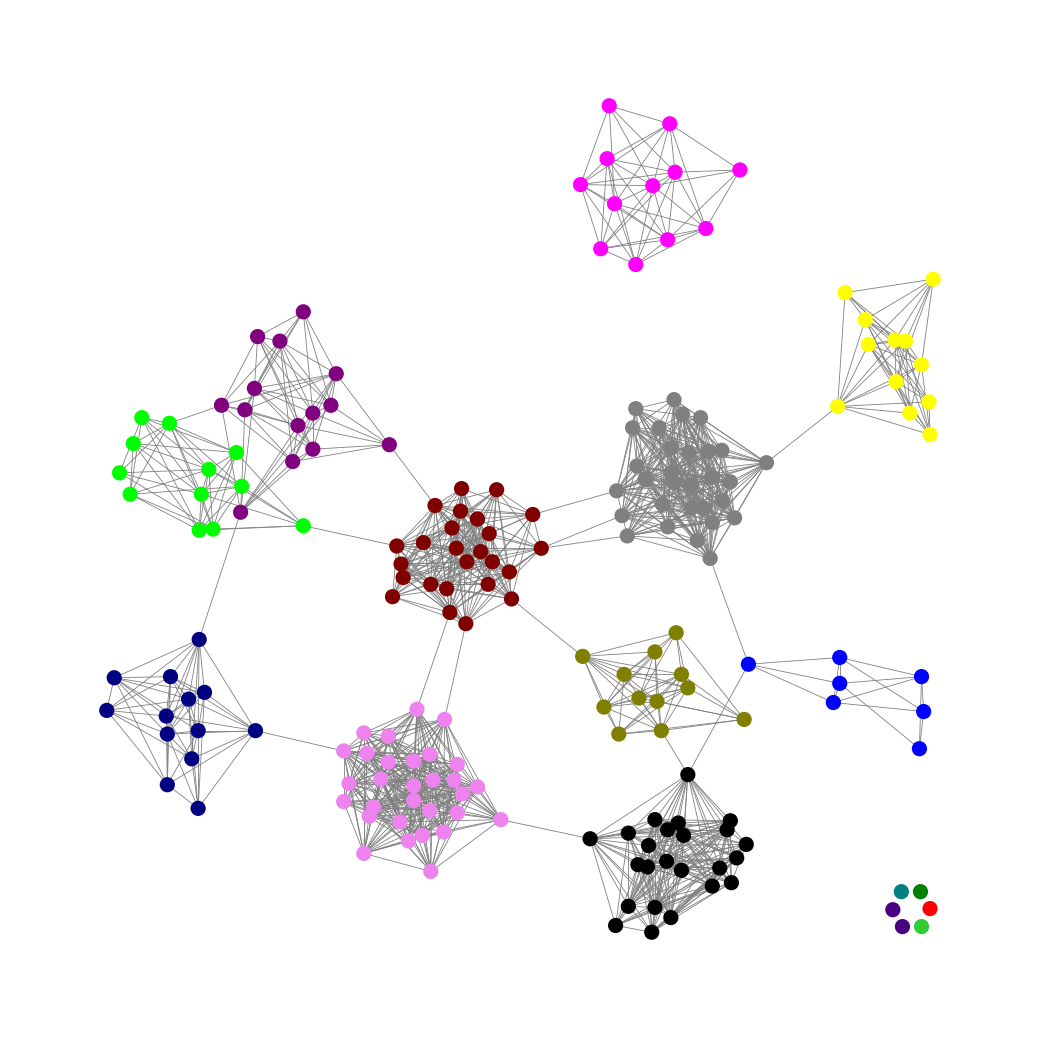
Graph connected: No
Number of connected components: 8
Number of singletons: 6
Total number of nodes: 197
Total number of edges: 1362
Number of communities: 16
Community sizes:
Black: 24
Blue: 7
Fuchsia: 12
Gray: 30
Green: 1
Indigo: 2
Lime: 12
Lime Green: 1
Maroon: 25
Navy: 13
Olive: 12
Purple: 14
Red: 1
Teal: 1
Violet: 30
Yellow: 12
Graph layout: tda
Graph generation method: erdos_renyi